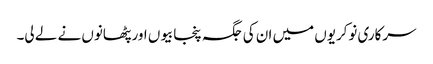
سرکاری نوکریوں میں ان کی جگہ پنجابیوں اور پٹھانوں نے لے لی۔